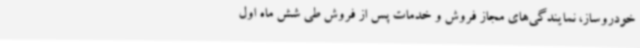
خودروساز، نمایندگی‌های مجاز فروش و خدمات پس از فروش طی شش ماه اول